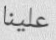
علينا